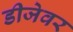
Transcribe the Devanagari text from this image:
डीजेवर